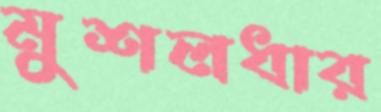
মুশলধার